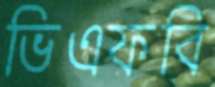
ভিএফবি